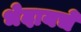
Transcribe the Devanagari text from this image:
भेदायचे